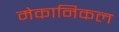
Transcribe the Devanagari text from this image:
मेकानिकल